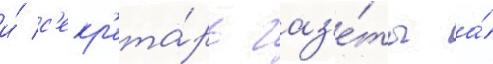
и́ с'екр'ета́рь газ'е́ты а́